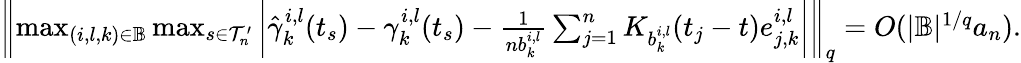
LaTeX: \begin{array}{r}{\left\| \operatorname*{max}_{(i,l,k)\in\mathbb{B}}\operatorname*{max}_{s\in\mathcal{T}_{n}^{\prime}}\left|\hat{\gamma}_{k}^{i,l}(t_{s})-\gamma_{k}^{i,l}(t_{s})-\frac{1}{nb_{k}^{i,l}}\sum_{j=1}^{n}K_{b_{k}^{i,l}}(t_{j}-t)e_{j,k}^{i,l}\right|\right\| _{q}=O(|\mathbb{B}|^{1/q}a_{n}).}\end{array}